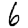
Digit: 6